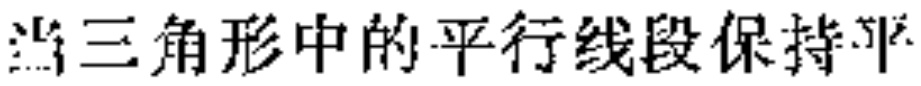
当三角形中的平行线段保持平